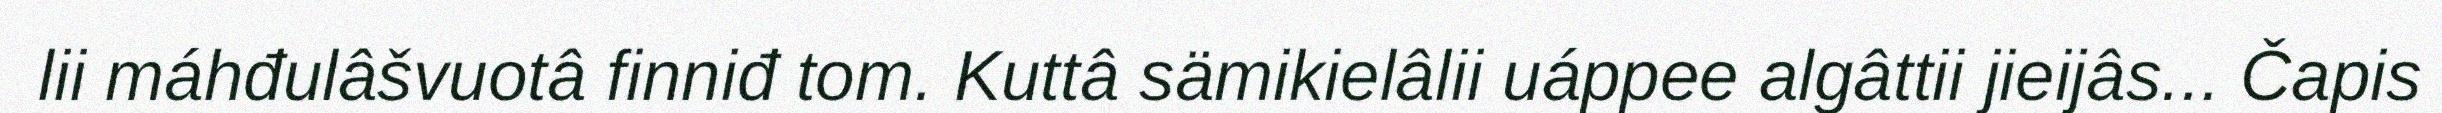
lii máhđulâšvuotâ finniđ tom. Kuttâ sämikielâlii uáppee algâttii jieijâs... Čapis